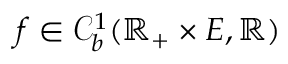
f \in \mathcal { C } _ { b } ^ { 1 } ( \mathbb { R } _ { + } \times E , \mathbb { R } )